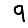
Digit: 9